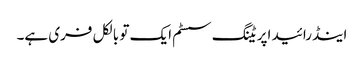
اینڈرائید اپریٹنگ سسٹم ایک تو بالکل فری ہے۔